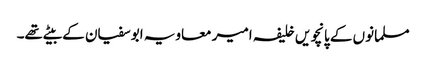
مسلمانوں کے پانچویں خلیفہ امیر معاویہ ابوسفیان کے بیٹے تھے۔